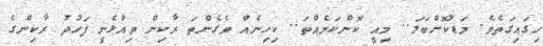
ހިގައިގަތެވެ. މަޑުކޮށްބަލަ.. މިއީ ކޮންކަމެއްތަ.. ކިހިނެއް ވެގެންތަ ރާކިން ތިއުޅެނީ ފަހުދު ރާކިންގެ